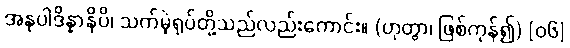
အနုပါဒိန္နာနိပိ၊ သက်မဲ့ရုပ်တို့သည်လည်းကောင်း။ (ဟုတွာ၊ ဖြစ်ကုန်၍) [၀၆]